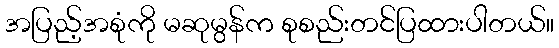
အပြည့်အစုံကို မဆုမွန်က စုစည်းတင်ပြထားပါတယ်။